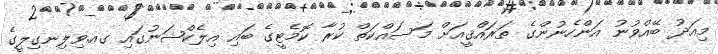
މިއަދު ބޭއްވުނު އަންހެނުންގެ ތަރައްޤީއަށް މަސައްކަތް ކުރާ ކޮމެޓީގެ ބައި އިލެކްޝަނުގައި ގއ.ވިލިނގިލީގެ